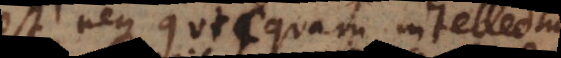
est neque quicquam intellectui